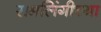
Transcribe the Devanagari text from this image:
समलिंगीच्या